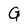
Character: G